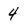
Character: 4